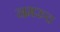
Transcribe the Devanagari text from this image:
नमरुद